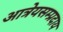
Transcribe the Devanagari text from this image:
आत्रेयसम्प्रदाय